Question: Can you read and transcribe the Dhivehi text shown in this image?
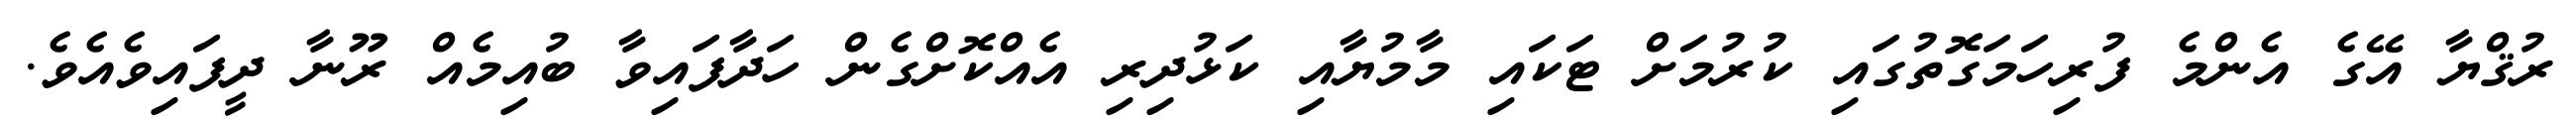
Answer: ރުޤްޔާ އޭގެ އެންމެ ފުރިހަމަގޮތުގައި ކުރުމަށް ޓަކައި މާމުޔާއި ކަޅުދިރި އެއްކޮށްގެން ހަދާފައިވާ ބުއިމެއް ރޫނާ ދީފައިވެއެވެ.